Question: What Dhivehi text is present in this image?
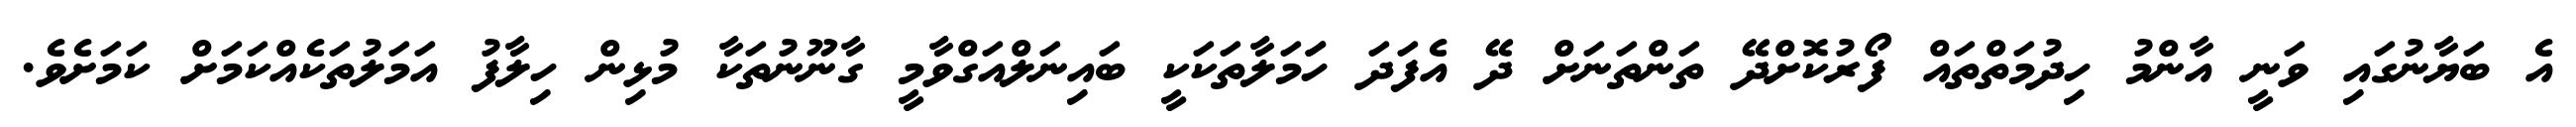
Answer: އެ ބަޔާނުގައި ވަނީ އާންމު ހިދުމަތްތައް ފޯރުކޮށްދޭ ތަންތަނަށް ދޭ އެފަދަ ހަަމަލާތަކަކީ ބައިނަލްއަގްވާމީ ގާނޫނުތަކާ މުޅިން ހިލާފު އަމަލުތަކެއްކަމަށް ކަމަށެވެ.